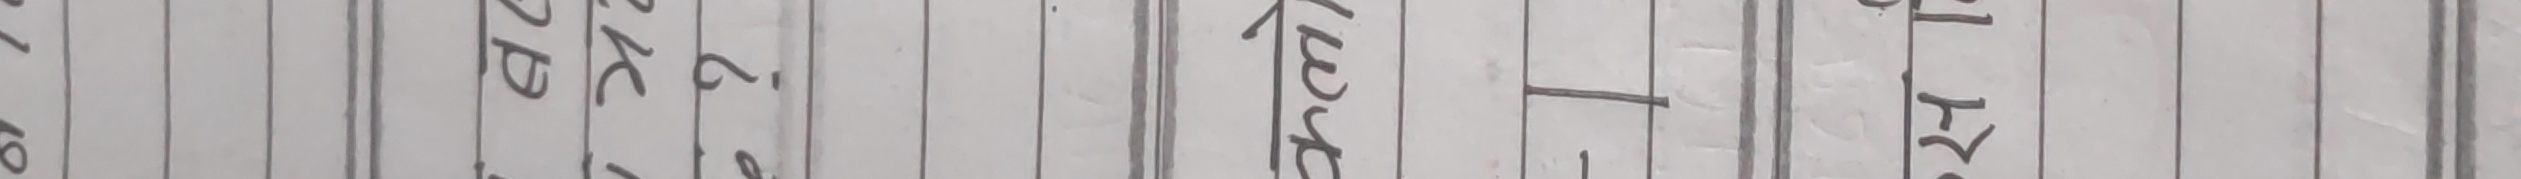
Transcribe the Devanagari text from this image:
७९ ब२६ढध अङ्कमप्रति तन१